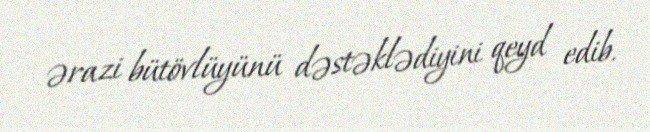
ərazi bütövlüyünü dəstəklədiyini qeyd edib.